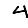
Digit: 4